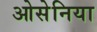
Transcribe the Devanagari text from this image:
ओसेनिया